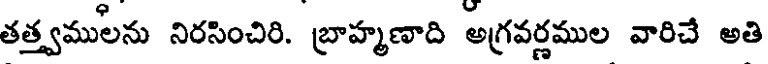
తత్త్వములను నిరసించిరి. బ్రాహ్మణాది అగ్రవర్ణముల వారిచే అతి